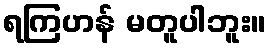
ရကြဟန် မတူပါဘူး။